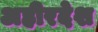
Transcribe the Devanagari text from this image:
अहीरदेश